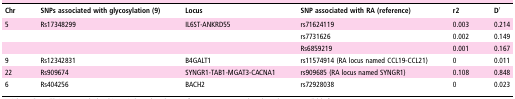
<table><thead><tr><td><b>Chr</b></td><td><b>SNPs associated with glycosylation (9)</b></td><td><b>Locus</b></td><td><b>SNP associated with RA (reference)</b></td><td><b>r2</b></td><td><b>D′</b></td></tr></thead><tbody><tr><td>5</td><td>Rs17348299</td><td>IL6ST-ANKRD55</td><td>rs71624119</td><td>0.003</td><td>0.214</td></tr><tr><td></td><td></td><td></td><td>rs7731626</td><td>0.002</td><td>0.149</td></tr><tr><td></td><td></td><td></td><td>Rs6859219</td><td>0.001</td><td>0.167</td></tr><tr><td>9</td><td>Rs12342831</td><td>B4GALT1</td><td>rs11574914 (RA locus named CCL19-CCL21)</td><td>0</td><td>0.011</td></tr><tr><td>22</td><td>Rs909674</td><td>SYNGR1-TAB1-MGAT3-CACNA1</td><td>rs909685 (RA locus named SYNGR1)</td><td>0.108</td><td>0.848</td></tr><tr><td>6</td><td>Rs404256</td><td>BACH2</td><td>rs72928038</td><td>0</td><td>0.023</td></tr></tbody></table>